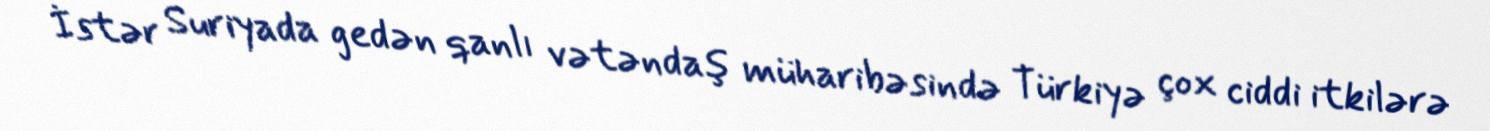
İstər Suriyada gedən qanlı vətəndaş müharibəsində Türkiyə çox ciddi itkilərə